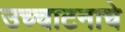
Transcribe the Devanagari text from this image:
उच्चाटनाचे